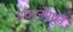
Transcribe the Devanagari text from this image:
संघटनेमधुन